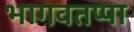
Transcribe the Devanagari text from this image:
भागवतप्पा